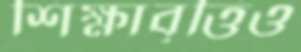
শিক্ষাবৃত্তিও